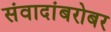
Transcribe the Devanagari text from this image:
संवादांबरोबर